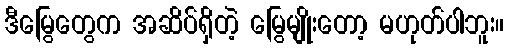
ဒီမြွေတွေက အဆိပ်ရှိတဲ့ မြွေမျိုးတော့ မဟုတ်ပါဘူး။